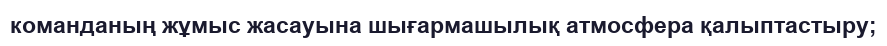
команданың жұмыс жасауына шығармашылық атмосфера қалыптастыру;